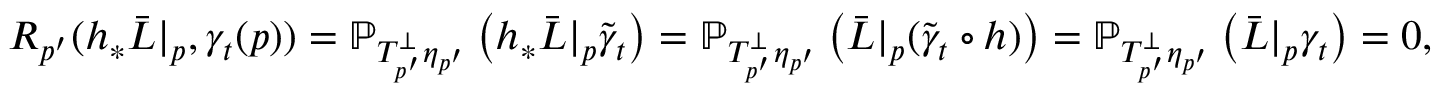
\begin{array} { r } { R _ { p ^ { \prime } } ( h _ { \ast } \Bar L | _ { p } , \gamma _ { t } ( p ) ) = \mathbb { P } _ { T _ { p ^ { \prime } } ^ { \bot } \eta _ { p ^ { \prime } } } \left( h _ { \ast } \Bar L | _ { p } \tilde { \gamma } _ { t } \right) = \mathbb { P } _ { T _ { p ^ { \prime } } ^ { \bot } \eta _ { p ^ { \prime } } } \left( \Bar L | _ { p } ( \tilde { \gamma } _ { t } \circ h ) \right) = \mathbb { P } _ { T _ { p ^ { \prime } } ^ { \bot } \eta _ { p ^ { \prime } } } \left( \Bar L | _ { p } \gamma _ { t } \right) = 0 , } \end{array}